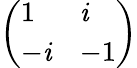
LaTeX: \left(\begin{array}{ll}{1}&{\mathit{i}}\\ {-\mathit{i}}&{-1}\end{array}\right)